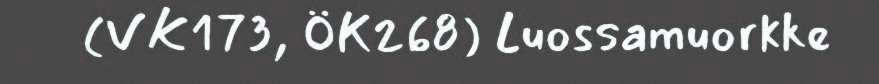
(VK173, ÖK268) Luossamuorkke